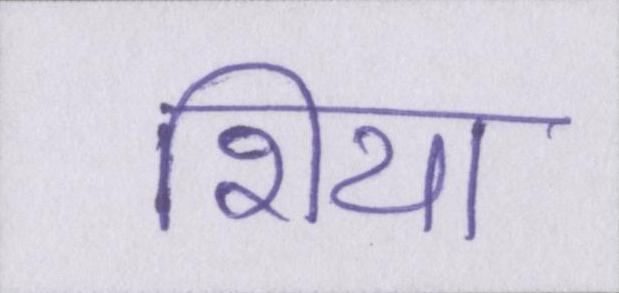
शिया